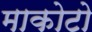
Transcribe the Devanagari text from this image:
माकोटो